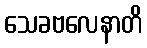
သေခဗလေနာတိ